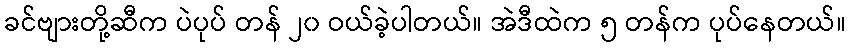
ခင်ဗျားတို့ဆီက ပဲပုပ် တန် ၂၀ ဝယ်ခဲ့ပါတယ်။ အဲဒီထဲက ၅ တန်က ပုပ်နေတယ်။